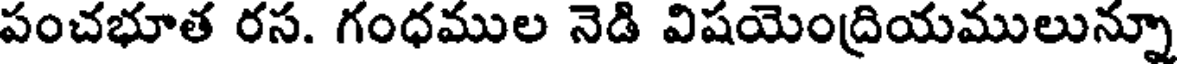
పంచభూత రస. గంధముల నెడి విషయెంద్రియములున్నూ